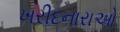
ખરીદનારાઓ